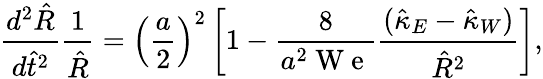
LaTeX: \frac{d^{2}\hat{R}}{d\hat{t}^{2}}\frac{1}{\hat{R}}=\left(\frac{a}{2}\right)^{2}\left[1-\frac{8}{a^{2}\mathrm{~W~e~}}\frac{(\hat{\kappa}_{E}-\hat{\kappa}_{W})}{\hat{R}^{2}}\right],